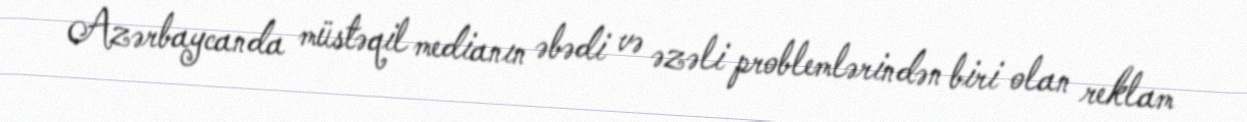
Azərbaycanda müstəqil medianın əbədi və əzəli problemlərindən biri olan reklam